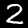
Digit: 2